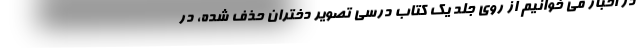
در اخبار می خوانیم از روی جلد یک کتاب درسی تصویر دختران حذف شده، در